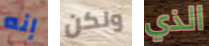
إنه ولكن الذي